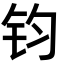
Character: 钧